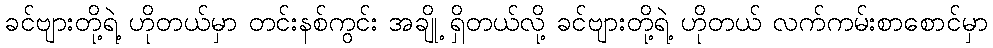
ခင်ဗျားတို့ရဲ့ ဟိုတယ်မှာ တင်းနစ်ကွင်း အချို့ ရှိတယ်လို့ ခင်ဗျားတို့ရဲ့ ဟိုတယ် လက်ကမ်းစာစောင်မှာ